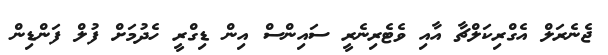
ޖެނެރަލް އެގްރިކަލްޗާ އާއި ވެޓެރިނެރީ ސައިންސް އިން ޑިގްރީ ހެދުމަށް ފުލް ފަންޑިން